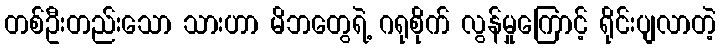
တစ်ဦးတည်းသော သားဟာ မိဘတွေရဲ့ ဂရုစိုက် လွန်မှုကြောင့် ရိုင်းပျလာတဲ့